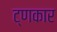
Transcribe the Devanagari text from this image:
ट्णकार